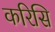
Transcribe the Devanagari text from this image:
करिसि